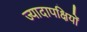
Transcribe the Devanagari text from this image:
ज्यादापक्षियों